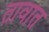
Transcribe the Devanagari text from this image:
तावात